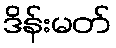
ဒိန်းမတ်